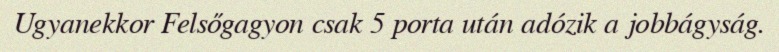
Ugyanekkor Felsőgagyon csak 5 porta után adózik a jobbágyság.